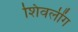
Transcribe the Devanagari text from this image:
शिवलींग